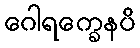
ဂေါရက္ခေနပိ